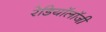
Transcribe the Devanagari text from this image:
रेडियॉलॉजी